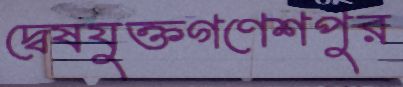
দ্বেষযুক্তগণেশপুর